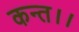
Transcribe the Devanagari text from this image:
कन्‍त।।